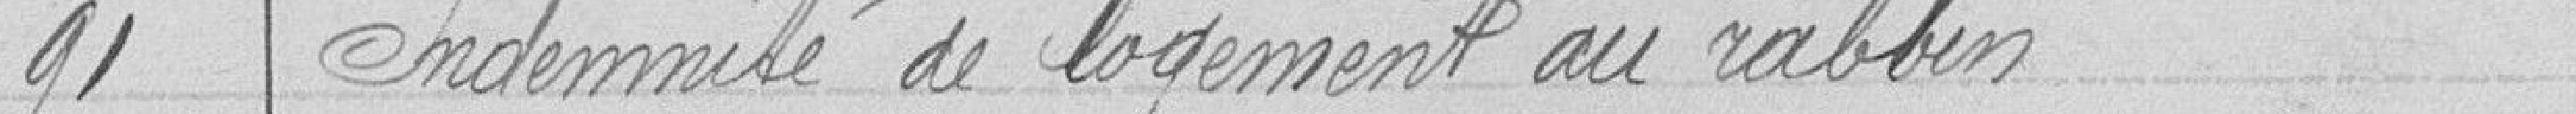
91 Indemnité de logement au rabbin